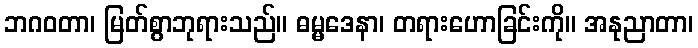
ဘဂဝတာ၊ မြတ်စွာဘုရားသည်။ ဓမ္မဒေနာ၊ တရားဟောခြင်းကို။ အနုညာတာ၊